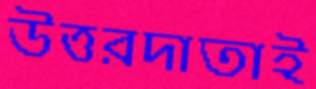
উত্তরদাতাই